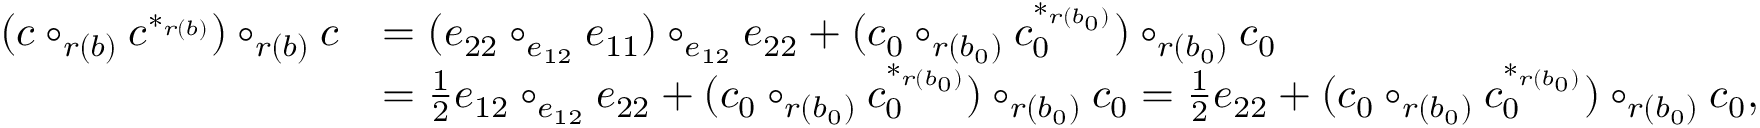
\begin{array} { r l } { ( c \circ _ { r ( b ) } c ^ { * _ { r ( b ) } } ) \circ _ { r ( b ) } c } & { = ( e _ { 2 2 } \circ _ { e _ { 1 2 } } e _ { 1 1 } ) \circ _ { e _ { 1 2 } } e _ { 2 2 } + ( c _ { 0 } \circ _ { r ( b _ { 0 } ) } c _ { 0 } ^ { * _ { r ( b _ { 0 } ) } } ) \circ _ { r ( b _ { 0 } ) } c _ { 0 } } \\ & { = \frac 1 2 e _ { 1 2 } \circ _ { e _ { 1 2 } } e _ { 2 2 } + ( c _ { 0 } \circ _ { r ( b _ { 0 } ) } c _ { 0 } ^ { * _ { r ( b _ { 0 } ) } } ) \circ _ { r ( b _ { 0 } ) } c _ { 0 } = \frac 1 2 e _ { 2 2 } + ( c _ { 0 } \circ _ { r ( b _ { 0 } ) } c _ { 0 } ^ { * _ { r ( b _ { 0 } ) } } ) \circ _ { r ( b _ { 0 } ) } c _ { 0 } , } \end{array}